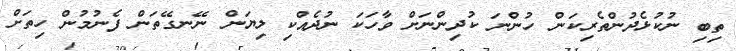
ތިބި ނުކުޅެދުންތެރިކަން ހުންނަ ކުދިންނަށް ވާހަކަ ނުދެއްކި ލިޔަން ނޭނގޭތަން ފެނުމުން ހިތަށް